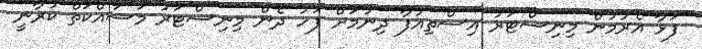
ފަޅާ އެރުމުން މިނިސްޓަރު އިސްތިއުފާ ދިނުމަށް ފަހު ދެން މިނިސްޓަރު މަސައްކަތް ކުރާނީ